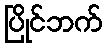
ပြိုင်ဘက်